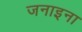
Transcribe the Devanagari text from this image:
जनाइना